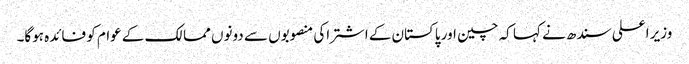
وزیر اعلی سندھ نے کہا کہ چین اور پاکستان کے اشتراکی منصوبوں سے دونوں ممالک کے عوام کو فائدہ ہوگا۔